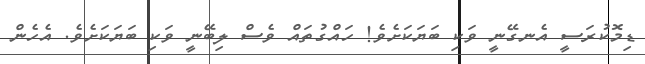
ޑިމޮކުރަސީ އެނގޭނީ ވަކި ބަޔަކަށެވެ! ހައްގުތައް ވެސް ލިބޭނީ ވަކި ބަޔަކަށެވެ. އެހެން